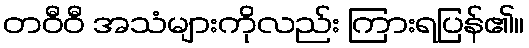
တဝီဝီ အသံများကိုလည်း ကြားရပြန်၏။